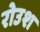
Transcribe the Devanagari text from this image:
रोउश